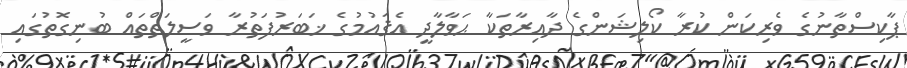
ޕާކިސްތާނުގެ ވެރިކަން ކުރާ ކޯލިޝަންގެ ދާއިރާތަކާ ޙަވާލާދީ އެޤައުމުގެ ޚަބަރުފަތުރާ ވަސީލަތްތައް ބުނިގޮތުގައި